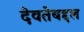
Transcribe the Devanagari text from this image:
देवतेबद्दल